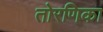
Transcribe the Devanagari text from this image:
तोरणिका